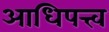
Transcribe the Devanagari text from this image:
आधिपत्त्व